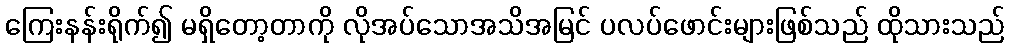
ကြေးနန်းရိုက်၍ မရှိတော့တာကို လိုအပ်သောအသိအမြင် ပလပ်ဖောင်းများဖြစ်သည် ထိုသားသည်